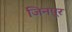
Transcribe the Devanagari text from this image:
जिनपूर